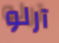
آرلو